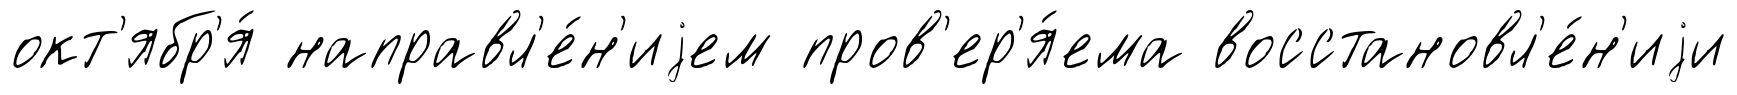
окт'ябр'я́ направл'е́н'иjем пров'ер'я́ема восстановл'е́н'иjи